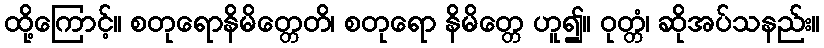
ထို့ကြောင့်။ စတုရောနိမိတ္တေတိ၊ စတုရော နိမိတ္တေ ဟူ၍။ ဝုတ္တံ၊ ဆိုအပ်သနည်း။